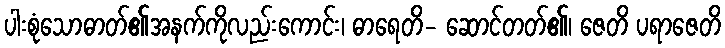
ပါးစုံသောဓာတ်၏အနက်ကိုလည်းကောင်း၊ ဓာရေတိ- ဆောင်တတ်၏၊ ဇေတိ ပရာဇေတိ